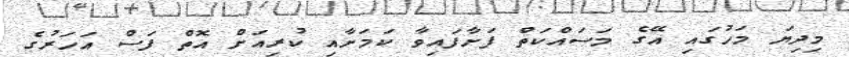
މިދިޔަ މަހުގައި އޭގެ މަސައްކަތް ފަށާފައިވާ ކަމަށާއި ކުރިއަށް އޮތް ފަސް އަހަރުގެ